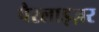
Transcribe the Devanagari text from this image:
पैरलाइज़र